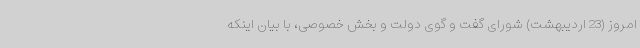
امروز (23 اردیبهشت) شورای گفت و گوی دولت و بخش خصوصی، با بیان اینکه